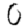
Digit: 0